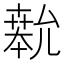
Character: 𫧨